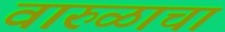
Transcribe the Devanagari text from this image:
वारुळाचा